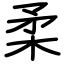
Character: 柔